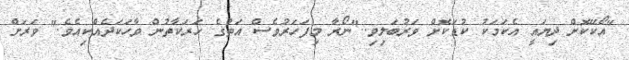
"އޯކޭކޮށް ދިޔައީ އެކަމަކު ކުޑަކޮށް ވަރުބަލިވި.."ނޯރާ މިފަހަރުވެސް އަތުގެ ހަރަކާތުން ވާހަކަދެއްކިއެވެ." ވަރަށް